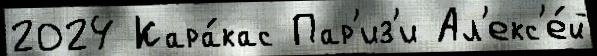
2024 Кара́кас Пар'из'и Ал'екс'е́й